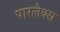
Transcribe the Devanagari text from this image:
पारलैक्स